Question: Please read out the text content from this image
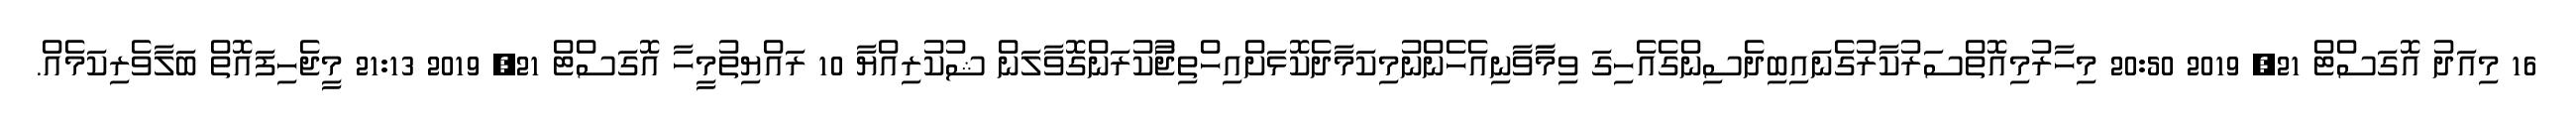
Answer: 16 މިއަދު އޮގަސްޓް 21, 2019 20:50 މިހާރުމިއޮތްސަރުކާރުގެނައިބިދެސިންގެއެހިގަ ވިމާާވާަނިއެހެންނުމިކަމާދެކޮޅަށްއިހްތިޖާުކުރަންގޮވާލަން ޝުކުރިއްޔާ 10 ރައްޔިތުމީހާ އޮގަސްޓް 21, 2019 21:13 މީޖެހިފައޮތް ބަލާވެރިކަމެއް.